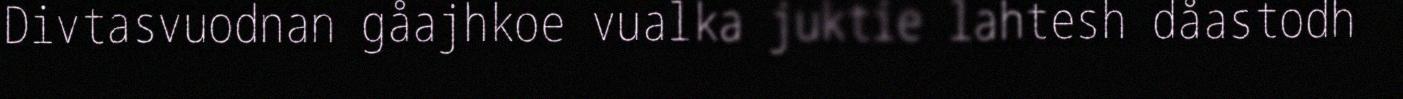
Divtasvuodnan gåajhkoe vualka juktie lahtesh dåastodh